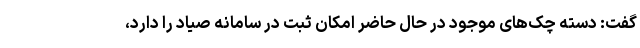
گفت: دسته چک‌های موجود در حال حاضر امکان ثبت در سامانه صیاد را دارد،